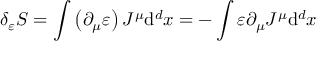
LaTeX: \delta _ { \varepsilon } S = \int \left( \partial _ { \mu } \varepsilon \right) J ^ { \mu } \mathrm { d } ^ { d } x = - \int \varepsilon \partial _ { \mu } J ^ { \mu } \mathrm { d } ^ { d } x